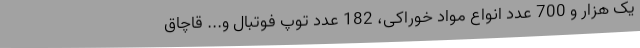
یک هزار و 700 عدد انواع مواد خوراکی، 182 عدد توپ فوتبال و... قاچاق